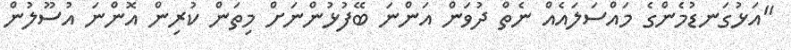
"އަޅުގަނޑުމެންގެ މައްސަލައެއް ނެތް ދުވަން އަންނަ ބޭފުޅުންނަށް މިތަން ކުރިން އޮންނަ އުސޫލުން